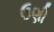
ઉણી